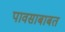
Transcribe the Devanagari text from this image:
पावसाबाबत